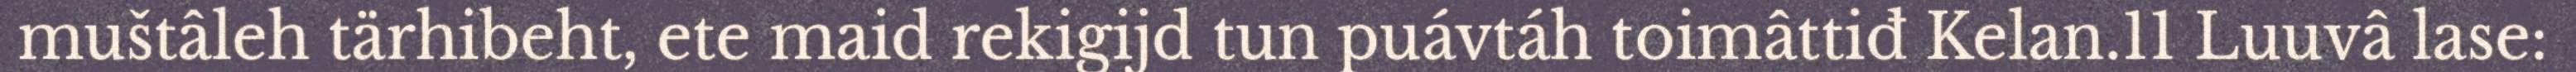
muštâleh tärhibeht, ete maid rekigijd tun puávtáh toimâttiđ Kelan.11 Luuvâ lase: